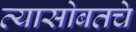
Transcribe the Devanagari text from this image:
त्यासोबतचे